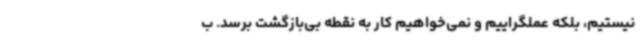
نیستیم، بلکه عملگراییم و نمی‌خواهیم کار به نقطه بی‌بازگشت برسد. ب